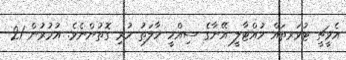
އެވީޗީ ޓުވަރތައް ހުއްޓާލީ އޭނާގެ ސިއްހީ ހާލަތު ހުރި ގޮތުންނެވެ. އުމުރުން 21